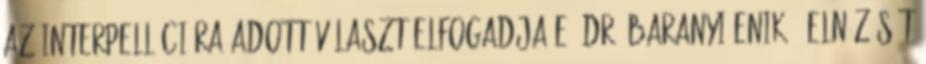
az interpellációra adott választ elfogadja-e. Dr. Baranyi Enikő: Elnézését